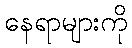
နေရာများကို